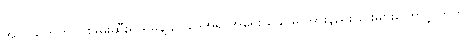
အလွယ်တကူ ငါးဖမ်းဆီးရ ရှိမှုနဲ့ ဥပဒေအရ အရေးယူနိုင်မှု အားနည်းခြင်းများကြောင့် ဘက်